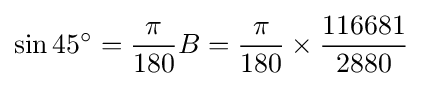
\sin 45^{\circ }={\frac {\pi }{180}}B={\frac {\pi }{180}}\times {\frac {116681}{2880}}